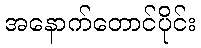
အနောက်တောင်ပိုင်း